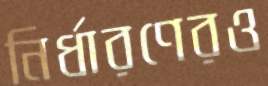
নির্ধারণেরও